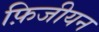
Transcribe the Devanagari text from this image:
फ़िजीयन